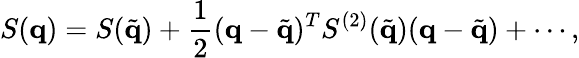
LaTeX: S(\mathbf{q})=S(\tilde{\mathbf{q}})+\frac{1}{2}(\mathbf{q}-\tilde{\mathbf{q}})^{T}S^{(2)}(\tilde{\mathbf{q}})(\mathbf{q}-\tilde{\mathbf{q}})+\cdots,